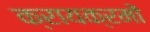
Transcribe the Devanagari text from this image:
क्रायक्रमों